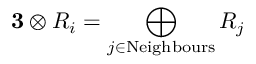
{ \bf 3 } \otimes R _ { i } = \bigoplus _ { j \in \mathrm { N e i g h b o u r s } } R _ { j }